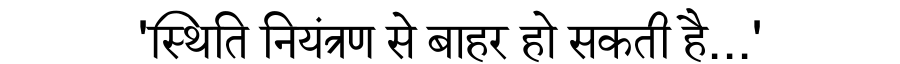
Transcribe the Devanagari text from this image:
'स्थिति नियंत्रण से बाहर हो सकती है...'